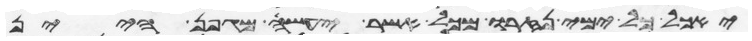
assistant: יאכל כל ימי נזרו מכל אשר יעשה מגפן היין